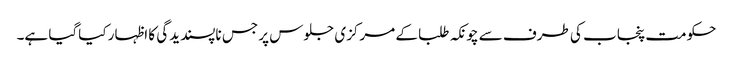
حکومت پنجاب کی طرف سے چونکہ طلبا کے مرکزی جلوس پر جس ناپسندیدگی کا اظہار کیاگیا ہے۔